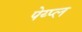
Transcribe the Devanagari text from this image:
पेय्प्ल